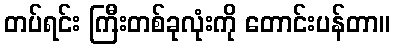
တပ်ရင်း ကြီးတစ်ခုလုံးကို တောင်းပန်တာ။